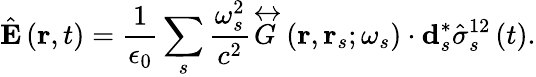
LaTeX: \hat{\mathbf{E}}\left(\mathbf{r},t\right)=\frac{1}{\epsilon_{0}}\sum_{s}\frac{\omega_{s}^{2}}{c^{2}}\overleftrightarrow{G}\left(\mathbf{r},\mathbf{r}_{s};\omega_{s}\right)\cdot\mathbf{d}_{s}^{*}\hat{\sigma}_{s}^{12}\left(t\right).